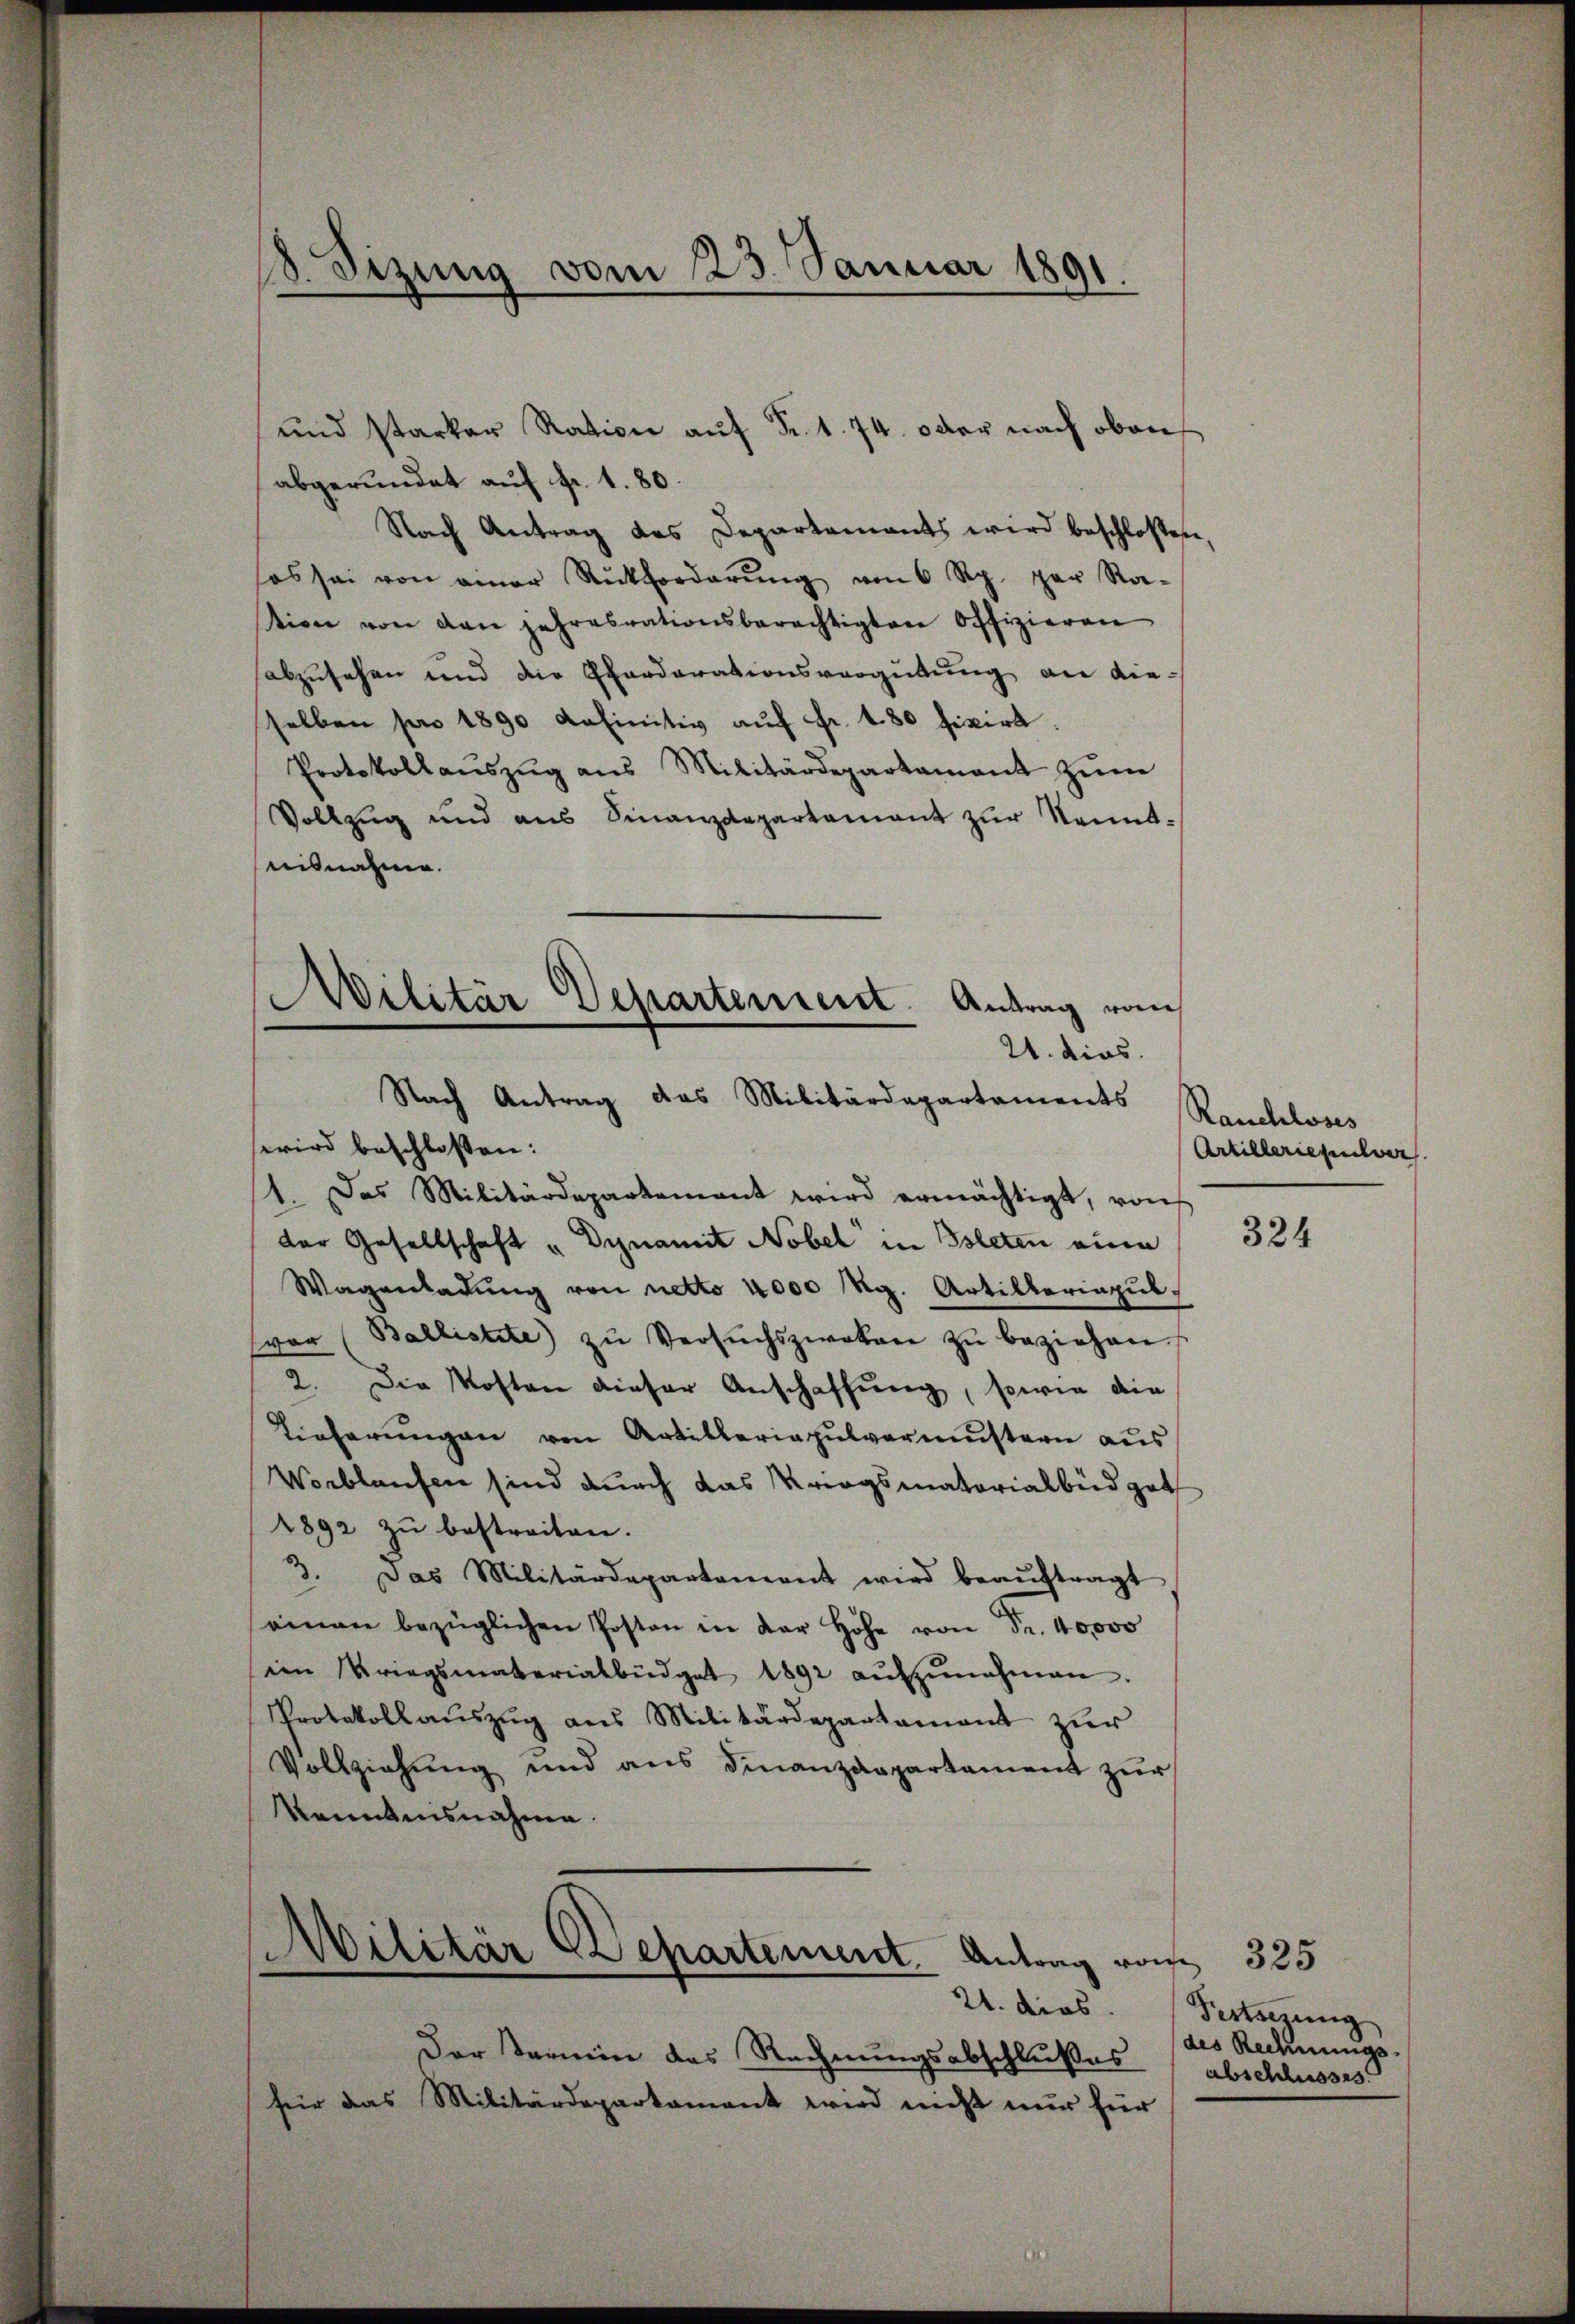
8. Sizung vom 23. Januar 1891.

und starker Ration auf Fr. 1. 74. oder nach oben
abgerundet auf fr. 1. 80.
Nach Antrag des Departements wird beschloßen
es sei von einer Rückforderŭng von 6 Rp. per Ra-
tion von den jahresrationsberechtigten Offizieren
abzusehen und die Pferdorationsvergütung an dieselben son 1890 definitiv auf Fr. 180 fixirt
Protokollaŭszŭg ans Militärdepartament zŭm
Vollzug und aus Finanzdepartamant zur Kenntesnahme.
wird beschlossen:
1. Das Militärdepartement wird ermächtigt, von
der Gesellschaft „ Dynamit Nobel in Isleten eine
Wagenladung von netto 4000 Rg. Artilleriapulvor (Ballistete zŭ Versŭchszwakan zŭ beziehen.
2. Die Kosten dieser Anschaffung, sowie die
Tieferŭngen von Artilleriapulvermustern aus
Verblaufen sind durch das Kriegsmatorialbüdget
1892 zu bestreiten.
3. Das Militärdepartement wird beaŭftragt
einen bezüglichen Posten in der Höhe von Fr. 40000
im Kriegsmaterialbüdget 1892 aŭfzŭnehmen.
Protokollaŭszŭg ans Militärdepartament zur
Vollziehung und ans Finanzdepartament zŭr
kanntensnahme.

Militär Departement. Antrag von
21. dies.
Nach Antrag das Militärdepartaments

.
Militär Departement
Antrag rois

21. dies
Der Termin das Rechnungsabschlußes
für das Militärdepartamant wird nicht nur für

Rauchloses
Artilleriepulver

324

325
Festsezung
des Rechnungs-
abschlusses.